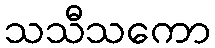
သသီသကော